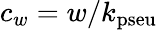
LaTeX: c_{w}=w/k_{\mathrm{pseu}}